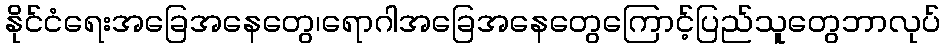
နိုင်ငံရေးအခြေအနေတွေ၊ရောဂါအခြေအနေတွေကြောင့်ပြည်သူတွေဘာလုပ်